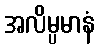
အလိမ္ပမာနံ